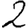
Digit: 2